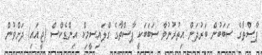
ޕާސްތާގެ ސަބަބުން ބަރުދަން އިތުރުނުވާ ސަބަބަކީ ޕާސްތާގެ ގްލައިސީމިކް އިންޑެކްސް (ޖީއައި) ދަށްވުން